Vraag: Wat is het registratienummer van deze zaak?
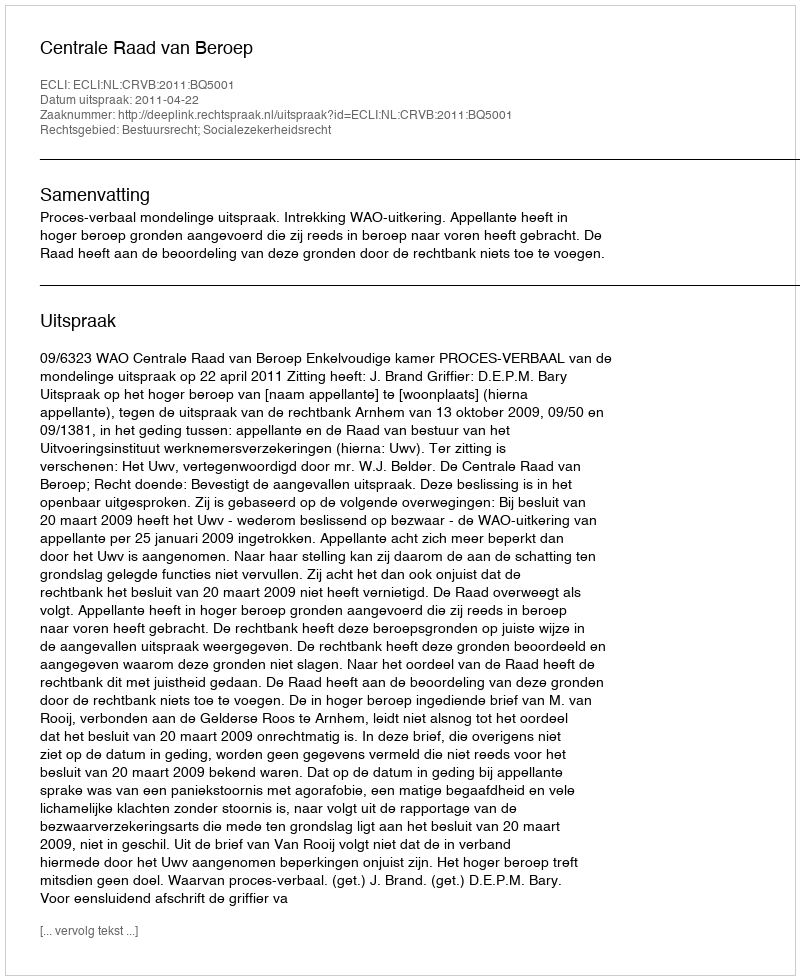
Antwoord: http://deeplink.rechtspraak.nl/uitspraak?id=ECLI:NL:CRVB:2011:BQ5001